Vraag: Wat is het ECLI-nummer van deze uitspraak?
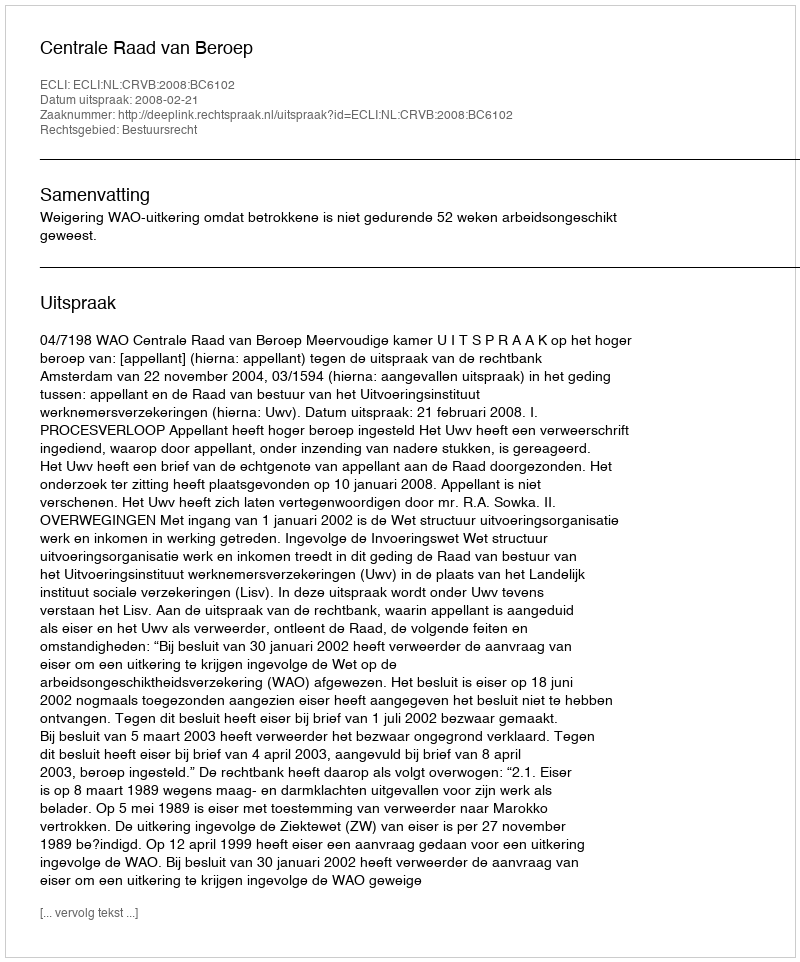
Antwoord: ECLI:NL:CRVB:2008:BC6102